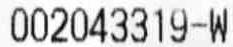
002043319-W